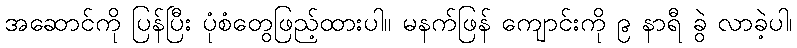
အဆောင်ကို ပြန်ပြီး ပုံစံတွေဖြည့်ထားပါ။ မနက်ဖြန် ကျောင်းကို ၉ နာရီ ခွဲ လာခဲ့ပါ၊